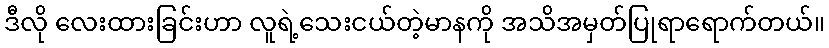
ဒီလို လေးထားခြင်းဟာ လူရဲ့သေးငယ်တဲ့မာနကို အသိအမှတ်ပြုရာရောက်တယ်။